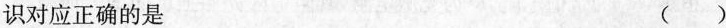
识对应正确的是（）